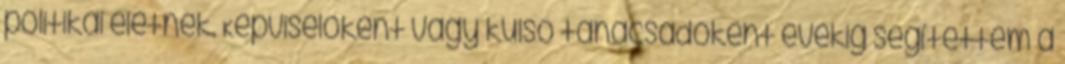
politikai életnek. Képviselôként vagy külsô tanácsadóként évekig segítettem a